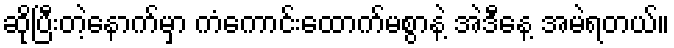
ဆိုပြီးတဲ့နောက်မှာ ကံကောင်းထောက်မစွာနဲ့ အဲဒီနေ့ အမဲရတယ်။